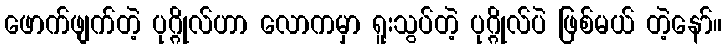
ဖောက်ဖျက်တဲ့ ပုဂ္ဂိုလ်ဟာ လောကမှာ ရူးသွပ်တဲ့ ပုဂ္ဂိုလ်ပဲ ဖြစ်မယ် တဲ့နော်။